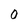
Character: 0